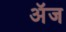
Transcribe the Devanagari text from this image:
अॅज